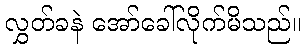
လွှတ်ခနဲ အော်ခေါ်လိုက်မိသည်။